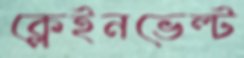
ক্লেইনভেল্ট